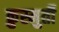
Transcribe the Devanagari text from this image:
क्रुस्मुर्ती